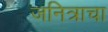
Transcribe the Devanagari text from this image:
जनित्राचा